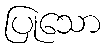
ပြုသော